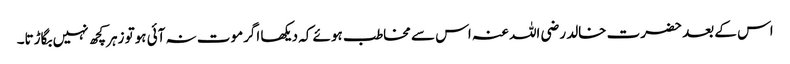
اس کے بعد حضرت خالد رضی اللہ عنہ اس سے مخاطب ہوئے کہ دیکھا اگرموت نہ آئی ہوتو زہرکچھ نہیں بگاڑتا۔